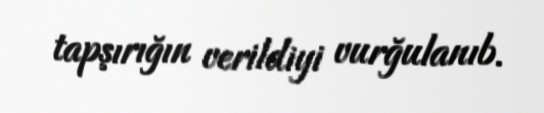
tapşırığın verildiyi vurğulanıb.